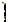
1